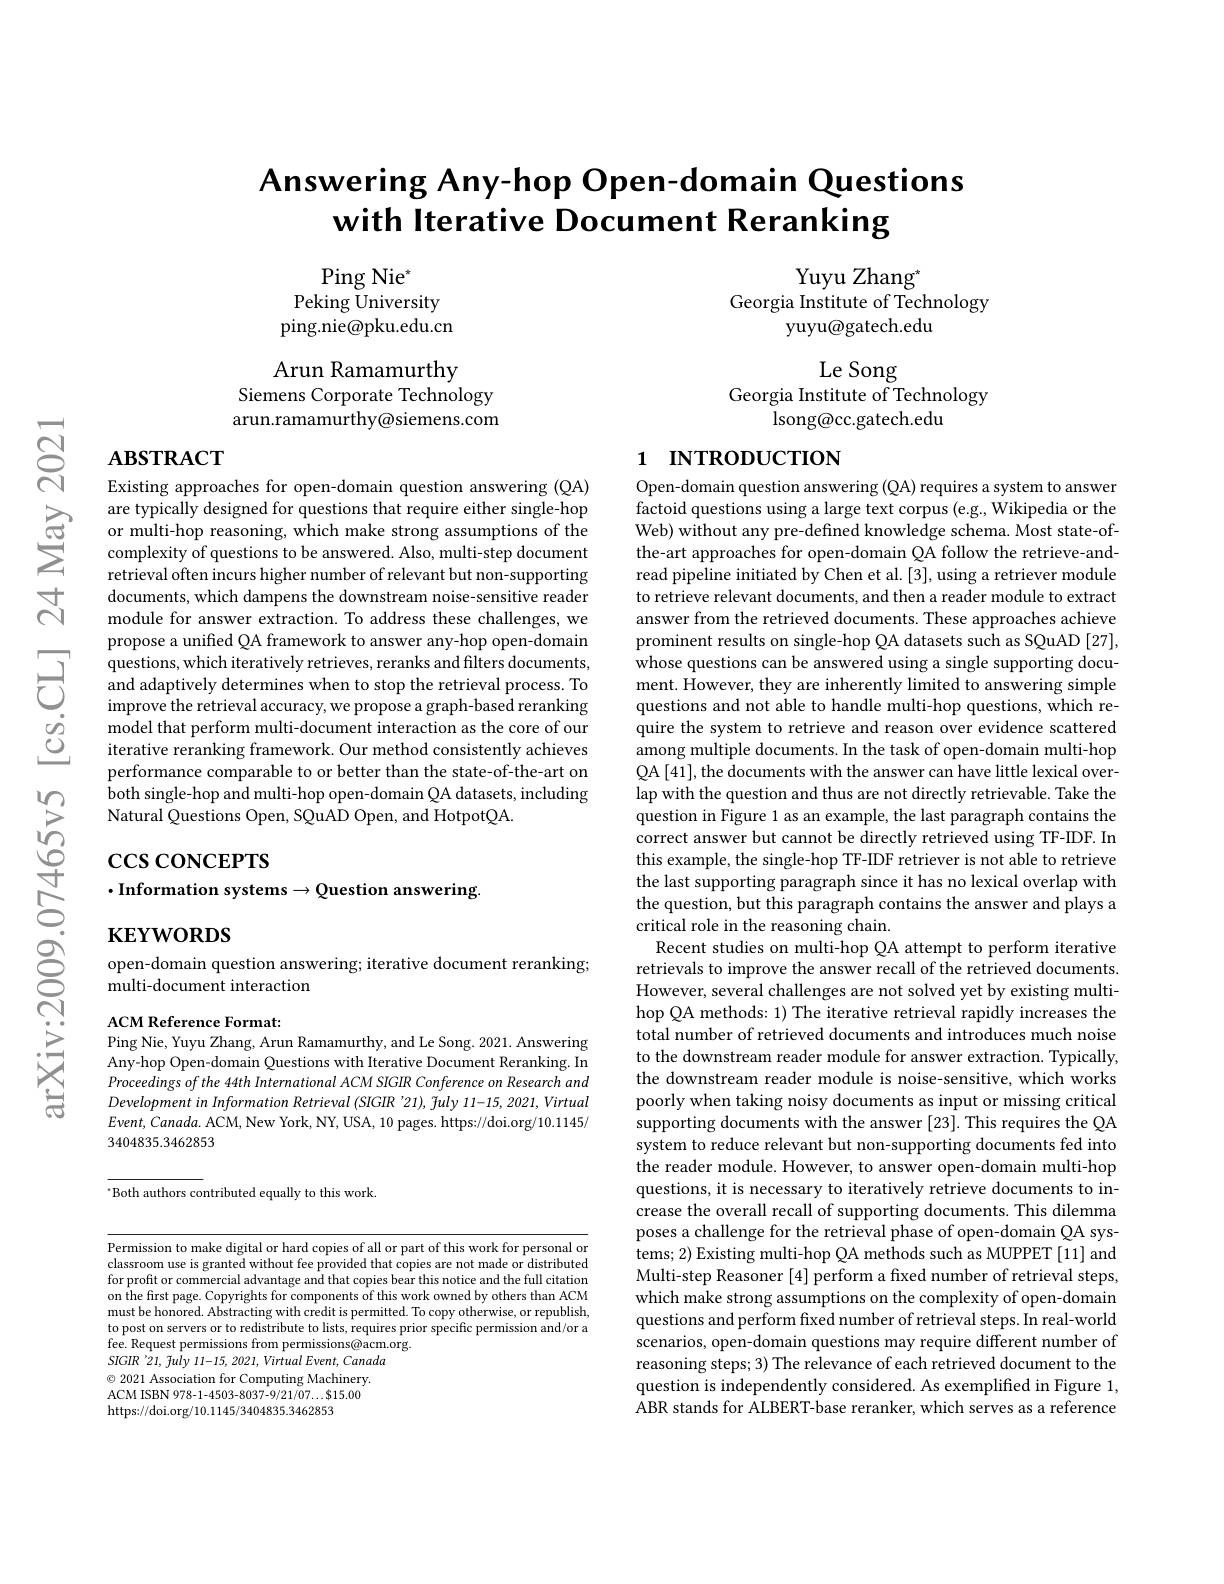
# Answering Any-hop Open-domain Questions with Iterative Document Reranking

Yuyu Zhang"
Georgia Institute of Technology
yuyu@gatech.edu

$\operatorname{Ping}\text{Nie}^*$
Peking University ping.nie@pku.edu.cn

Arun Ramamurthy
Siemens Corporate Technology arun.ramamurthy@siemens.com

Le Song
Georgia Institute of Technology
lsong@cc.gatech.edu

# 1 INTRODUCTION

$নুর$

# $\mathbf{ABSTRACT}$

Existing approaches for open-domain question answering (QA)
$\sum_{\text{complexity offon inchor asigned for questions that require either single-hop}}$ or multi-hop reasoning, which make strong assumptions of the$\sum_{\text{complexity of questions to be answered. Also, multi-step document}}$
retrieval often incurs higher number of relevant but non-supporting documents, which dampens the downstream noise-sensitive reader module for answer extraction. To address these challenges, we propose a unified QA framework to answer any-hop open-domain questions, which iteratively retrieves, reranks and filters documents, and adaptively determines when to stop the retrieval process. To improve the retrieval accuracy, we propose a graph-based reranking model that perform multi-document interaction as the core of our iterative reranking framework. Our method consistently achieves performance comparable to or better than the state-of-the-art on $\hat{\text{both single-hop and multi-hop open-domain QA datasets, including}}$ Natural Questions Open, SQuAD Open, and HotpotQA.

# $\csc$coNCEPTS $\cdot$Information systems$\to$Question answering.

$\mathbf{KEYWORDS}$

open-domain question answering; iterative document reranking;
multi-document interaction

ACM Reference Format:
Ping Nie, Yuyu Zhang, Arun Ramamurthy, and Le Song. 2021. Answering Any-hop Open-domain Questions with Iterative Document Reranking. In Proceedings of the 44th International ACM SIGR Conference on Research and Development in Information Retrieval (SIGIR '21), fuly 11-15, 2021, Virtual $Event,Canada.$ ACM, New York, NY, USA, 10 pages. https://doi.org/10.1145/ 3404835.3462853

$^{\cdot}$Both authors contributed equally to this work.

Permission to make digital or hard copies of all or part of this work for personal or classroom use is granted without fee provided that copies are not made or distributed for profit or commercial advantage and that copies bear this notice and the full citation on the first page. Copyrights for components of this work owned by others than ACM must be honored. Abstracting with credit is permitted. To copy otherwise, or republish to post on servers or to redistribute to lists, requires prior specific permission and/or a fee. Request permissions from permissions@acm.org.
SIGIR '21, fuly 11-15, 2021, Virtual Event, Canada $\odot$ 2021 Association for Computing Machinery. ACM ISBN 978-1-4503-8037-9/21/07...$15.00 https://doi.org/10.1145/3404835.3462853

Open-domain question answering (QA) requires a system to answer factoid questions using a large text corpus (e.g., Wikipedia or the Web) without any pre-defined knowledge schema. Most state-ofthe-art approaches for open-domain QA follow the retrieve-andread pipeline initiated by Chen et al. [3], using a retriever module to retrieve relevant documents, and then a reader module to extract answer from the retrieved documents. These approaches achieve prominent results on single-hop QA datasets such as SQuAD [27], whose questions can be answered using a single supporting document. However, they are inherently limited to answering simple questions and not able to handle multi-hop questions, which require the system to retrieve and reason over evidence scattered among multiple documents. In the task of open-domain multi-hop QA[41], the documents with the answer can have little lexical overlap with the question and thus are not directly retrievable. Take the question in Figure 1 as an example, the last paragraph contains the correct answer but cannot be directly retrieved using TF-IDF. In this example, the single-hop TF-IDF retriever is not able to retrieve the last supporting paragraph since it has no lexical overlap with the question, but this paragraph contains the answer and plays a critical role in the reasoning chain.
Recent studies on multi-hop QA attempt to perform iterative retrievals to improve the answer recall of the retrieved documents. However, several challenges are not solved yet by existing multihop QA methods: 1) The iterative retrieval rapidly increases the total number of retrieved documents and introduces much noise to the downstream reader module for answer extraction. Typically, the downstream reader module is noise-sensitive, which works poorly when taking noisy documents as input or missing critical supporting documents with the answer [23]. This requires the QA system to reduce relevant but non-supporting documents fed into the reader module. However, to answer open-domain multi-hop questions, it is necessary to iteratively retrieve documents to increase the overall recall of supporting documents. This dilemma poses a challenge for the retrieval phase of open-domain QA systems; 2) Existing multi-hop QA methods such as MUPPET [11] and Multi-step Reasoner [4] perform a fxed number of retrieval steps, which make strong assumptions on the complexity of open-domain questions and perform fixed number of retrieval steps. In real-world scenarios, open-domain questions may require different number of reasoning steps; 3) The relevance of each retrieved document to the question is independently considered. As exemplified in Figure 1, ABR stands for ALBERT-base reranker, which serves as a reference